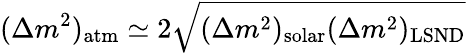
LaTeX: (\Delta m^{2})_{\mathrm{atm}}\simeq 2\sqrt{(\Delta m^{2})_{\mathrm{solar}}(\Delta m^{2})_{\mathrm{LSND}}}